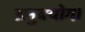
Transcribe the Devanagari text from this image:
अनुबयोग।